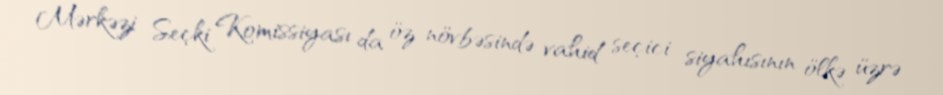
Mərkəzi Seçki Komissiyası da öz növbəsində vahid seçici siyahısının ölkə üzrə